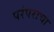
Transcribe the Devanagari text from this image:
परंपराचा